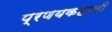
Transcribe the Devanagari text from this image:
प्रणयकहानी